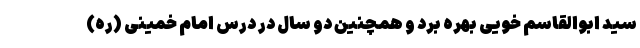
سید ابوالقاسم خویی بهره برد و همچنین دو سال در درس امام خمینی (ره)